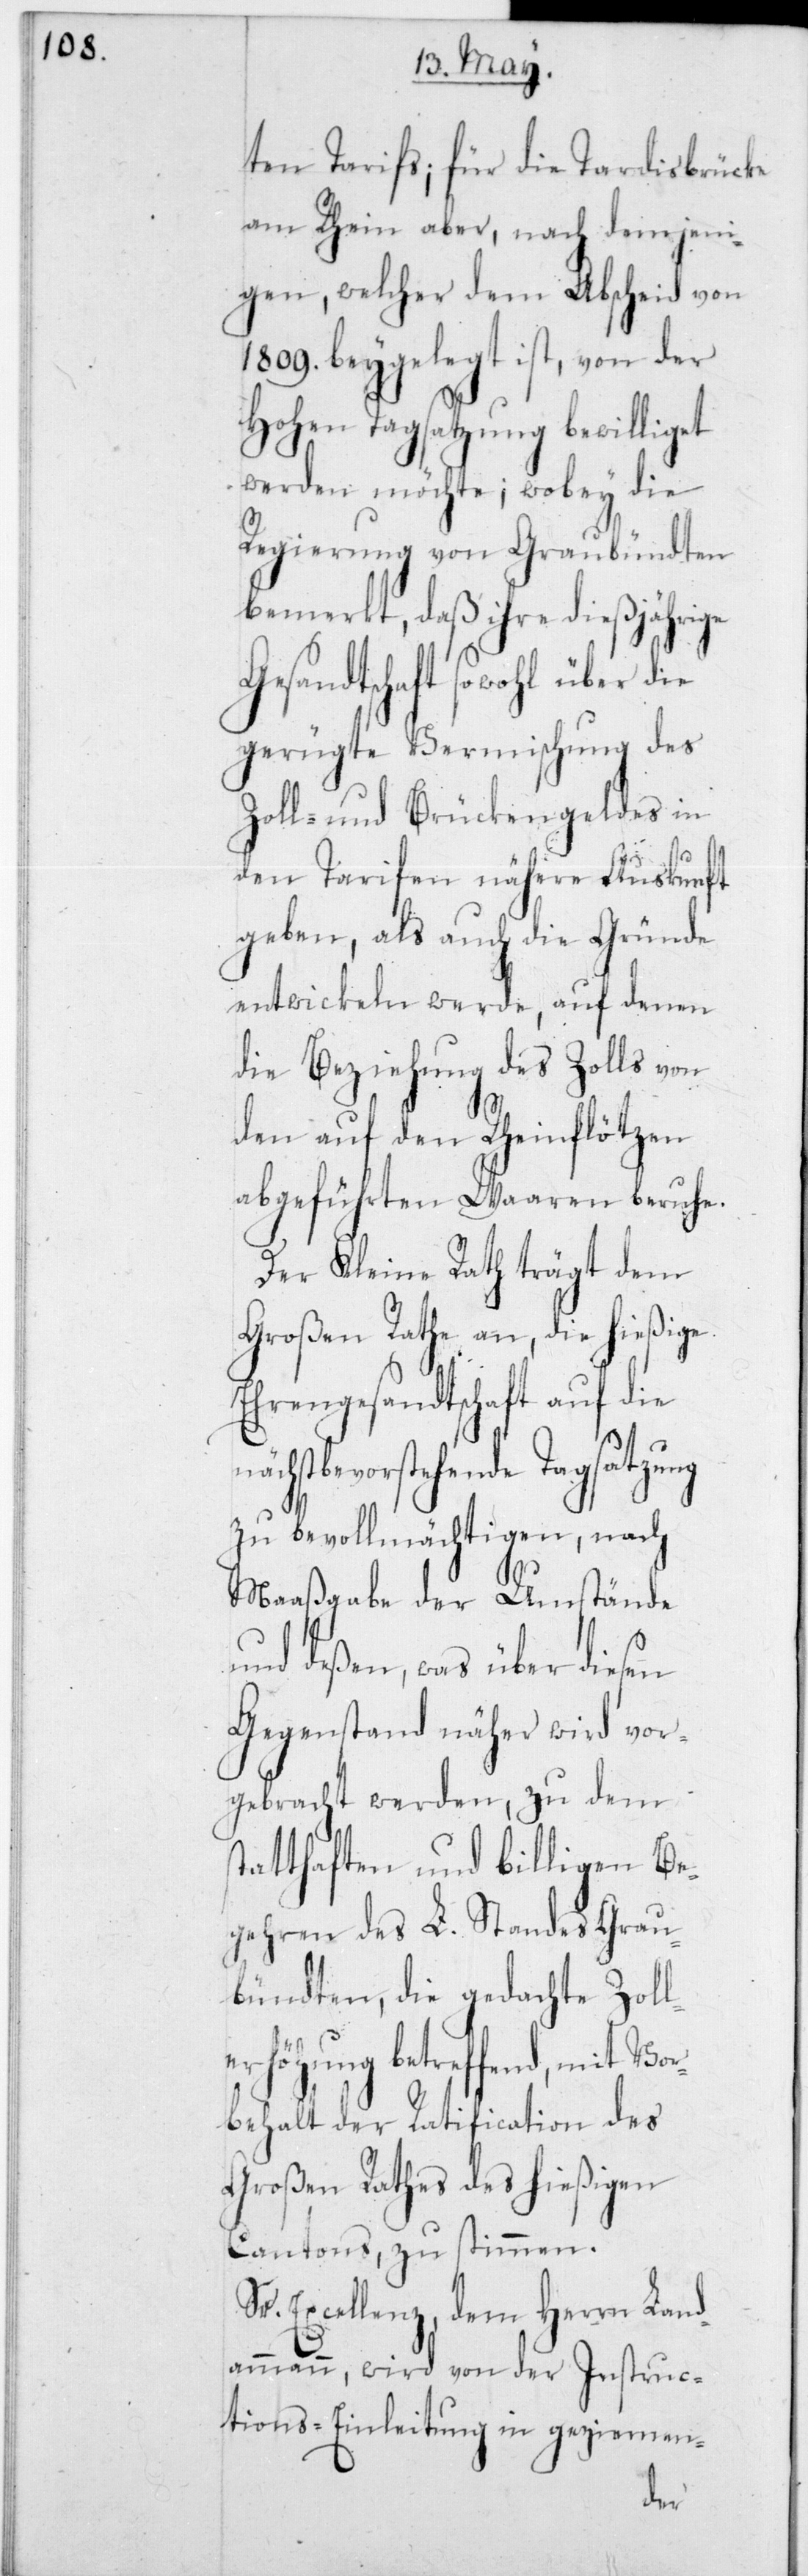
ten Tarifs; für die Tardisbrücke
am Rhein aber, nach demjeni¬
gen, welcher dem Abscheid von
1809 beygelegt ist, von der
Hohen Tagsatzung bewilliget
werden möchte; wobey die
Regierung von Graubündten
bemerkt, daß ihre dießjährige
Gesandtschaft sowohl über
gerügte Vermischung des
Zoll- und Brückengeldes in
den Tarifen nähere Auskunft
geben, als auch die Gründe
entwickeln werde, auf denen
die Beziehung des Zolls von
den auf den Rheinflötzen
abgeführten Waaren beruhe.
Der Kleine Rath trägt dem
Großen Rathe an, die hießige
Ehrengesandtschaft auf die
chstbevorstehende Tagsatzung
zu bevollmächtigen, nach
Maaßgabe der Umstände
und deßen, was über diesen
Gegenstand näher wird vor¬
gebracht werden, zu dem s¬
tatthaften und billigen Be¬
gehren des L. Standes Gr¬
aubündten, die gedachte Zoll¬
erhöhung betreffend, mit Vo¬
rbehalt der Rathification des
Großen Rathes des hießigen
Cantons, zustimmen.
Sr. Excellenz, dem Herrn Land¬
ammann, wird von der Instruc¬
tions-Einleitung in geziemen-
nä¬